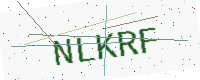
Text: NLKRF